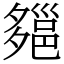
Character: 郺